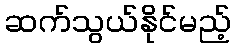
ဆက်သွယ်နိုင်မည့်